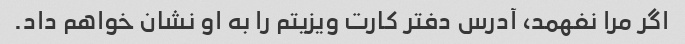
اگر مرا نفهمد، آدرس دفتر کارت ویزیتم را به او نشان خواهم داد.